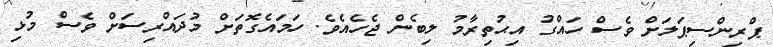
ޕްރިންސިޕަލަށް ވެސް ހައްގު އިޙުތިރާމު ލިބެން ޖެހެއެވެ. ހަމައެގޮތަށް މުދައްރިސަށް ވެސް މުޅި